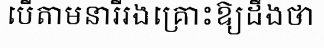
បើតាមនារីរងគ្រោះឱ្យដឹងថា